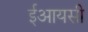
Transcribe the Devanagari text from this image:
ईआयसी